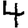
Digit: 4